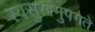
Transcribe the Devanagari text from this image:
स्वसुखमुपगते